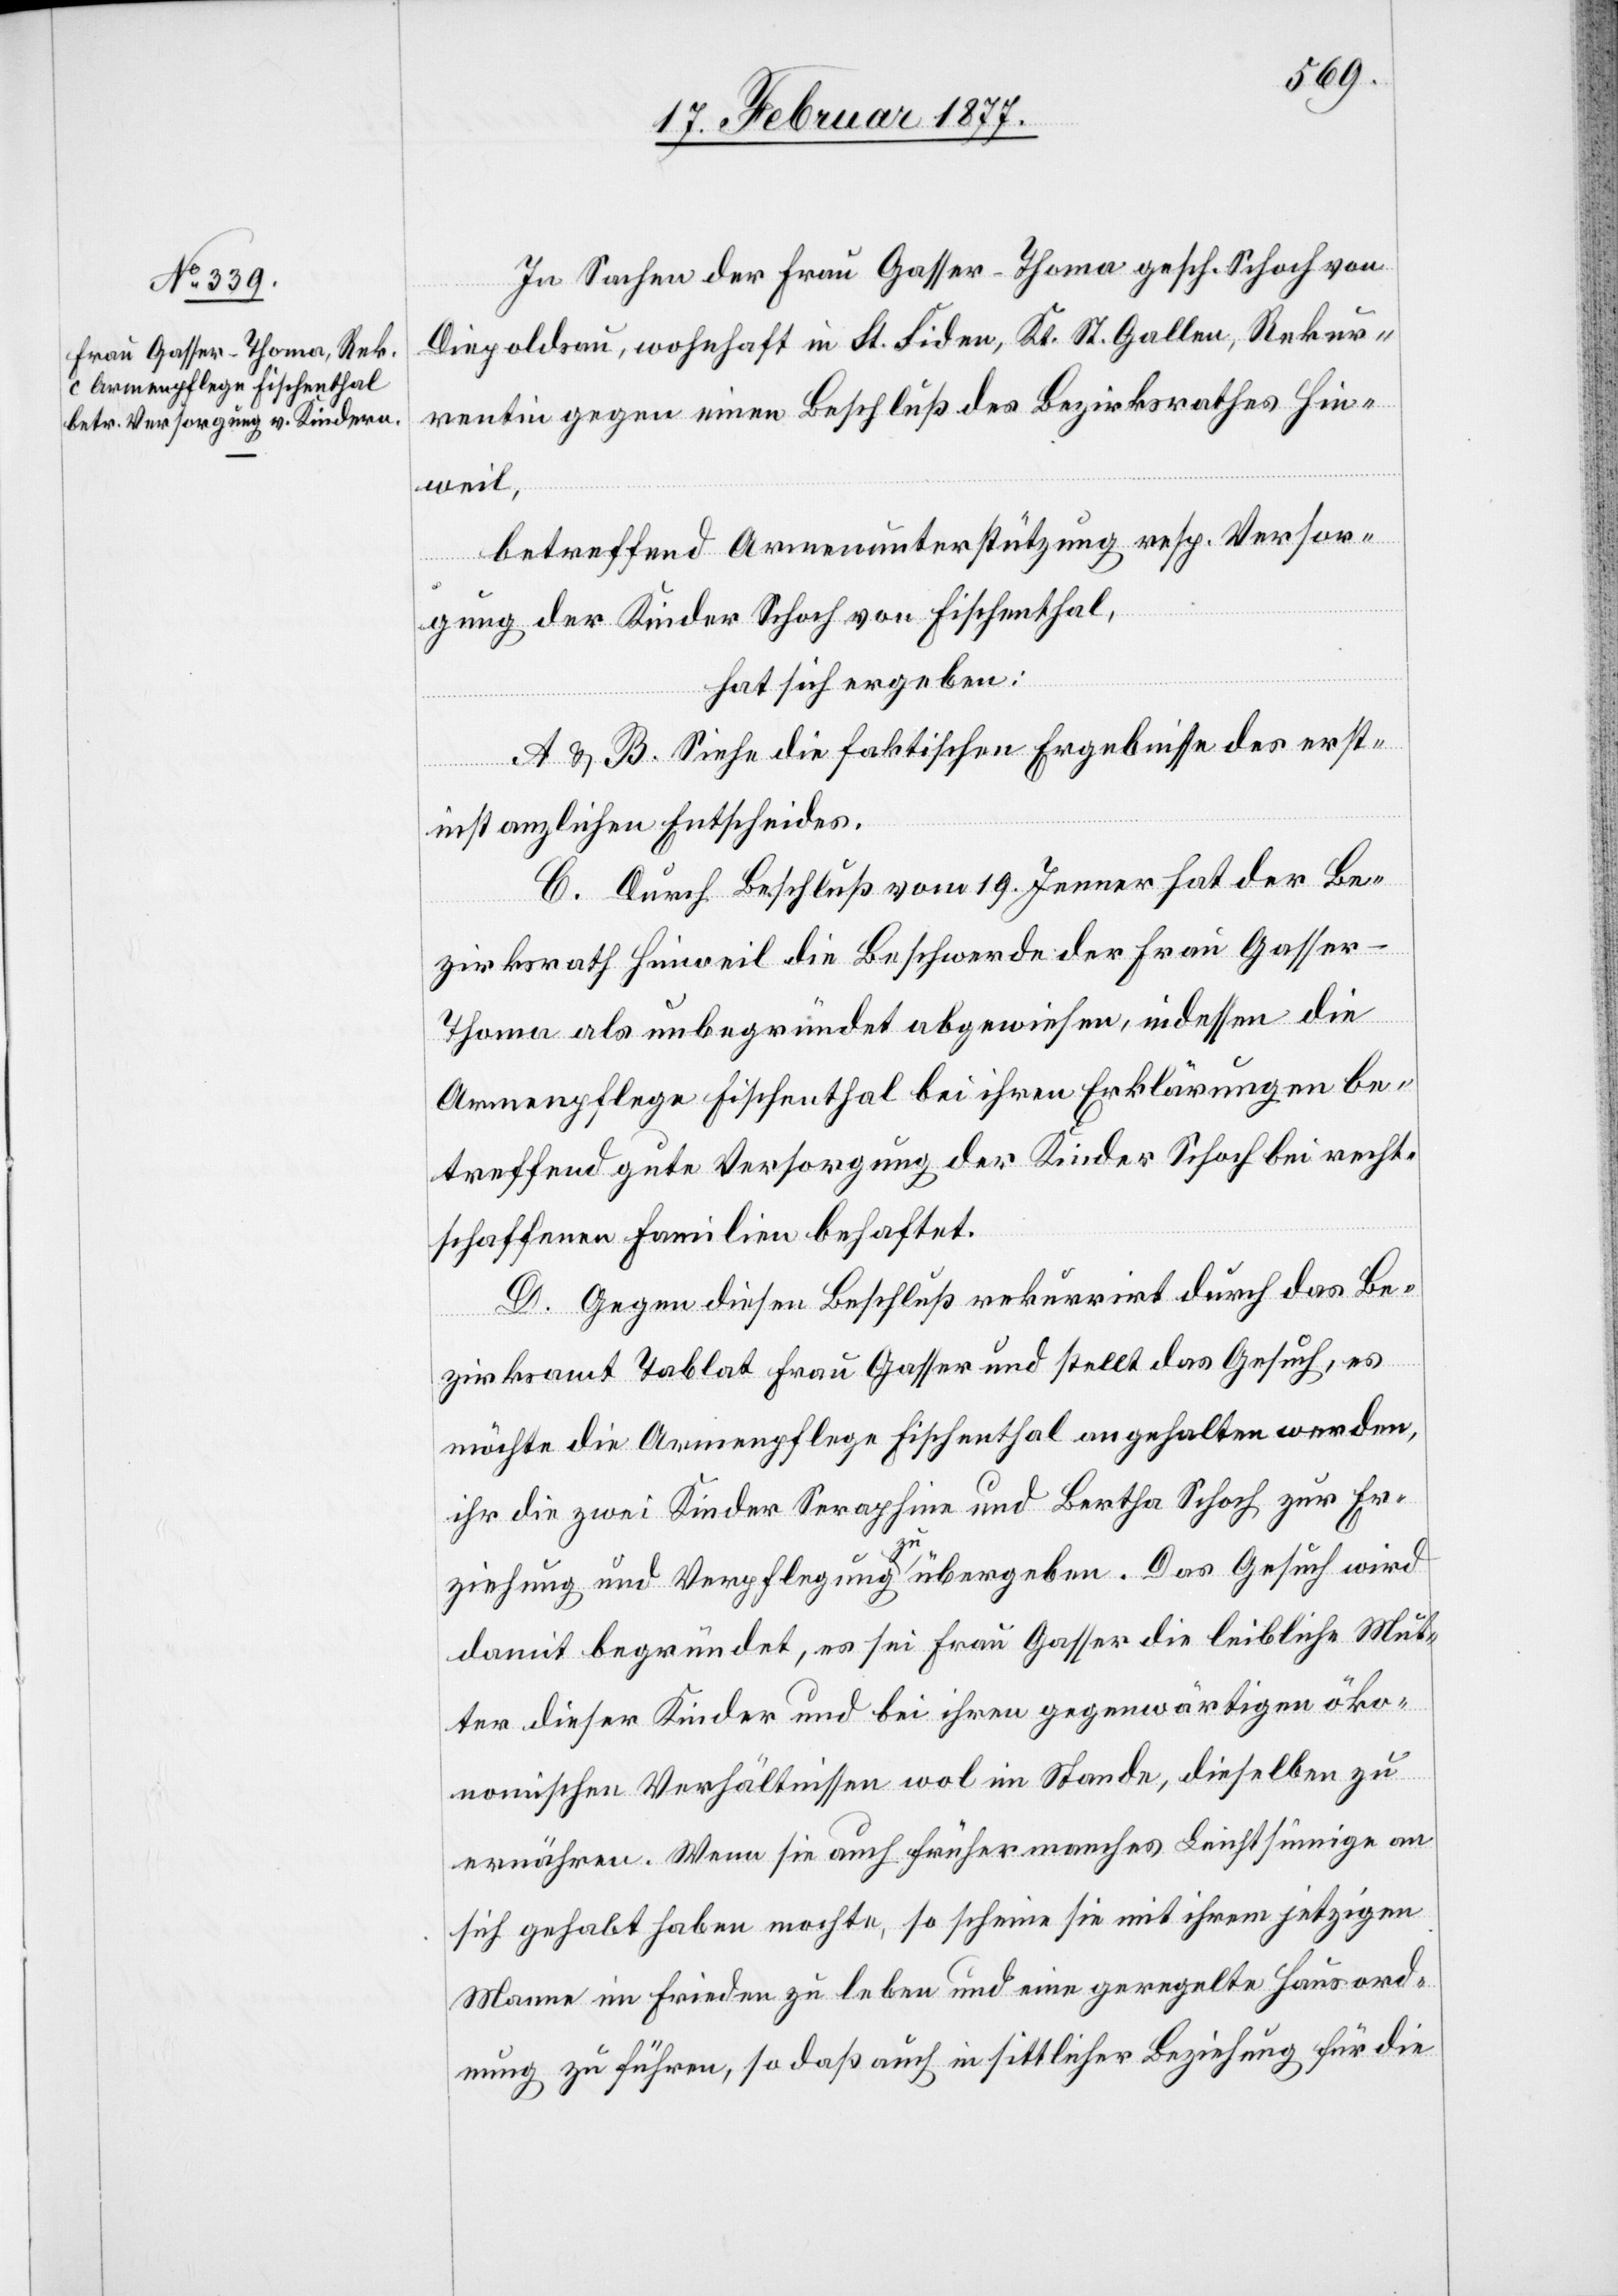
In Sachen der Frau Gasser-Thoma gesch. Schoch von
Diepoldsau, wohnhaft in St. Fiden, Kt. St. Gallen, Rekur¬
rentin gegen einen Beschluß des Bezirksrathes Hin¬
weil,
betreffend Armenunterstützung resp. Versor¬
gung der Kinder Schoch von Fischenthal,
hat sich ergeben:
A & B. Siehe die faktischen Ergebnisse des erst¬
instanzlichen Entscheides.
C. Durch Beschluß vom 19. Jenner hat der Be¬
zirksrath Hinweil die Beschwerde der Frau Gasse¬
r-Thoma als unbegründet abgewiesen, indessen die
Armenpflege Fischenthal bei ihren Erklärungen be¬
treffend gute Versorgung der Kinder Schoch bei recht¬
schaffenen Familien behaftet.
D. Gegen diesen Beschluß rekurrirt durch das Be¬
zirksamt Tablat Frau Gasser und stellt das Gesuch, es
möchte die Armenpflege Fischenthal angehalten werden,
ihr die zwei Kinder Seraphine und Bertha Schoch zur Er¬
ziehung und Verpflegung übergeben. Das Gesuch wird
damit begründet, es sei Frau Gasser die leibliche Mut¬
ter dieser Kinder und bei ihren gegenwärtigen öko¬
nomischen Verhältnissen wol im Stande, dieselben zu
ernähren. Wenn sie auch früher manches Leichtsinnige an
sich gehabt haben mochte, so scheine sie mit ihrem jetzigen
Manne im Frieden zu leben und eine geregelte Hausord¬
nung zu führen, so daß auch in sittlicher Beziehung für die